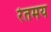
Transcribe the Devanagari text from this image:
रेतमय